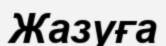
Жазуға